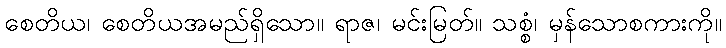
စေတိယ၊ စေတိယအမည်ရှိသော။ ရာဇ၊ မင်းမြတ်။ သစ္စံ၊ မှန်သောစကားကို။